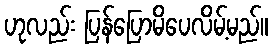
ဟုလည်း ပြန်ပြောမိပေလိမ့်မည်။